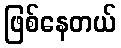
ဖြစ်နေတယ်